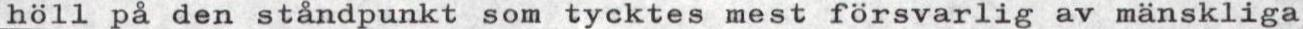
höll på den ståndpunkt som tycktes mest försvarlig av mänskliga